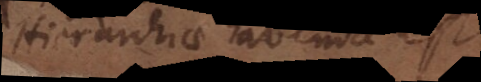
Hierarchiae habenda est.